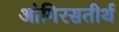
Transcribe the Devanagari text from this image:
आंगिरसतीर्थ